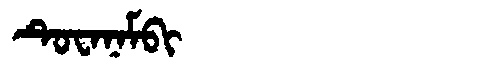
Manchu: ᡨᡠᠸᠠᠨᠠᠮᠪᡳ
Romanization: TUWANAMBI